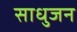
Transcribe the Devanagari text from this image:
साधुजन